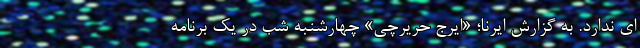
ای ندارد. به گزارش ایرنا؛ «ایرج حریرچی» چهارشنبه شب در یک برنامه